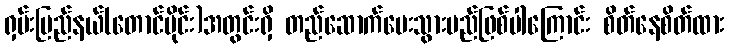
ရှမ်းပြည်နယ်(တောင်ပိုင်း)အတွင်းရှိ တည်ဆောက်ပေးသွားမည်ဖြစ်ပါကြောင်း စိတ်နေစိတ်ထား